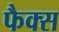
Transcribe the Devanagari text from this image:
फैक्‍स